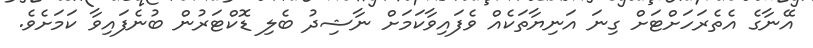
އޭނާގެ އެތެރަހަށްޓަށް ގިނަ އަނިޔާތަކެއް ވެފައިވާކަމަށް ނާޝިދު ބެލި ޑޮކްޓަރުން ބުނެފައިވާ ކަމަށެވެ.